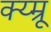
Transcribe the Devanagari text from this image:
क्य्म्रू